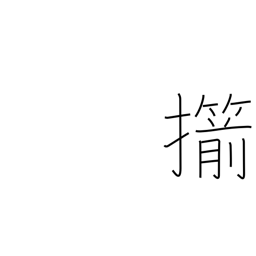
Meaning: straighten (an arrow)